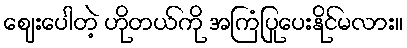
ဈေးပေါတဲ့ ဟိုတယ်ကို အကြံပြုပေးနိုင်မလား။